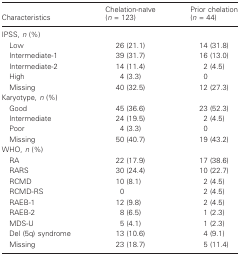
| Characteristics | Chelation-naïve (n = 123) | Prior chelation (n = 44) |
 | --- | --- | --- |
 | <COLSPAN=3> IPSS, n (%) |
 | Low | 26 (21.1) | 14 (31.8) |
 | Intermediate-1 | 39 (31.7) | 16 (13.0) |
 | Intermediate-2 | 14 (11.4) | 2 (4.5) |
 | High | 4 (3.3) | 0 |
 | Missing | 40 (32.5) | 12 (27.3) |
 | <COLSPAN=3> Karyotype, n (%) |
 | Good | 45 (36.6) | 23 (52.3) |
 | Intermediate | 24 (19.5) | 2 (4.5) |
 | Poor | 4 (3.3) | 0 |
 | Missing | 50 (40.7) | 19 (43.2) |
 | <COLSPAN=3> WHO, n (%) |
 | RA | 22 (17.9) | 17 (38.6) |
 | RARS | 30 (24.4) | 10 (22.7) |
 | RCMD | 10 (8.1) | 2 (4.5) |
 | RCMD-RS | 0 | 2 (4.5) |
 | RAEB-1 | 12 (9.8) | 2 (4.5) |
 | RAEB-2 | 8 (6.5) | 1 (2.3) |
 | MDS-U | 5 (4.1) | 1 (2.3) |
 | Del (5q) syndrome | 13 (10.6) | 4 (9.1) |
 | Missing | 23 (18.7) | 5 (11.4) |